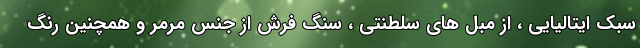
سبک ایتالیایی ، از مبل های سلطنتی ، سنگ فرش از جنس مرمر و همچنین رنگ